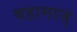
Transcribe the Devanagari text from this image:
बहामाज्